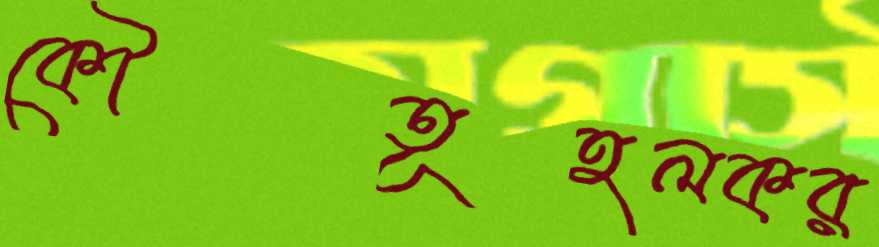
কৌতূহলকর